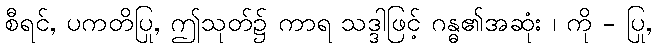
စီရင်, ပကတိပြု, ဤသုတ်၌ ကာရ သဒ္ဒါဖြင့် ဂန္ဓ၏အဆုံး ၊ ကို - ပြု,